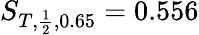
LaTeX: S_{T,\frac{1}{2},0.65}=0.556